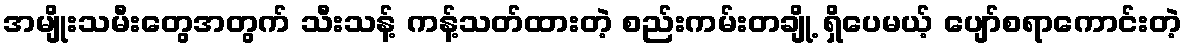
အမျိုးသမီးတွေအတွက် သီးသန့် ကန့်သတ်ထားတဲ့ စည်းကမ်းတချို့ ရှိပေမယ့် ပျော်စရာကောင်းတဲ့